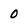
Character: 0